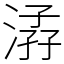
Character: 𠊩